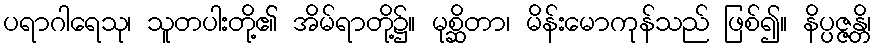
ပရာဂါရေသု၊ သူတပါးတို့၏ အိမ်ရာတို့၌။ မုစ္ဆိတာ၊ မိန်းမောကုန်သည် ဖြစ်၍။ နိပ္ပဇ္ဇန္တိ၊